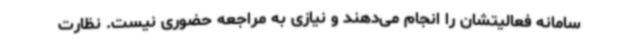
سامانه فعالیتشان را انجام می‌دهند و نیازی به مراجعه حضوری نیست. نظارت